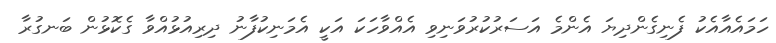
ހަމައެއާއެކު ފެނިގެންދިޔަ އެންމެ އަސަރުކުރުވަނިވި އެއްވާހަކަ އަކީ އެމަނިކުފާނު ދިރިއުޅުއްވާ ގެކޮޅުން ބަނގުރާ